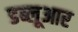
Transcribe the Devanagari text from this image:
डब्लूआर